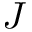
J